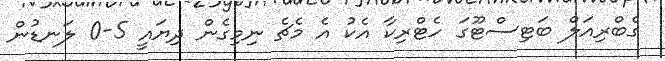
ގެބްރިއަލް ބަޓިސްޓޫގަ ހެޓްރިކާ އެކު އެ މެޗެ ނިމިގެން ދިޔައީ 5-0 ލަނޑުން